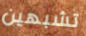
تشبهين